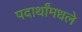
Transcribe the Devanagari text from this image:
पदार्थांमधले